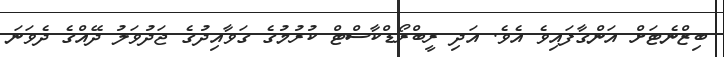
ބިޒްނެޓަށް އަންގާފައިވެ އެވެ. އަދި ރީބްރޯޑްކާސްޓް ކުރުމުގެ ގަވާއިދުގެ ޖަދުވަލު ދޭއްގެ ދެވަނަ